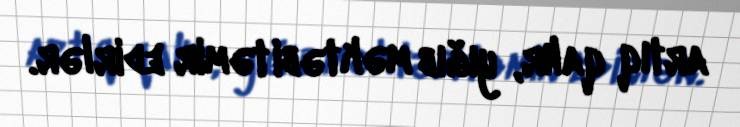
artıq qalır, yığıb məktəbi təmir edirlər.